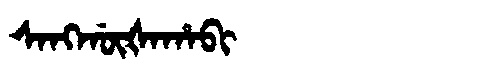
Manchu: ᠰᠠᠩᡤᡡᡧᠠᡥᠠᠪᡳ
Romanization: SANGGŪŠAHABI